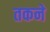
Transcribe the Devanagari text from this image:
तकने